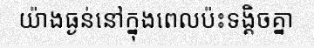
យ៉ាងធ្ងន់នៅក្នុងពេលប៉ះទង្គិចគ្នា